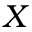
\boldsymbol { X }